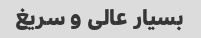
بسیار عالی و سریغ